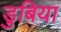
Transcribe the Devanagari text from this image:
डुबिया